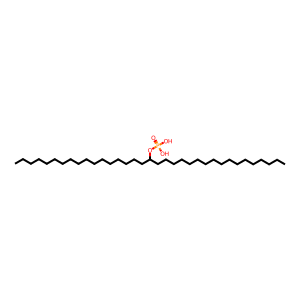
SMILES: CCCCCCCCCCCCCCCCCC(CCCCCCCCCCCCCCCCC)OP(=O)(O)O
Inhibits HIV replication: No